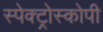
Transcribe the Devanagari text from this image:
स्‍पेक्‍ट्रोस्‍कोपी